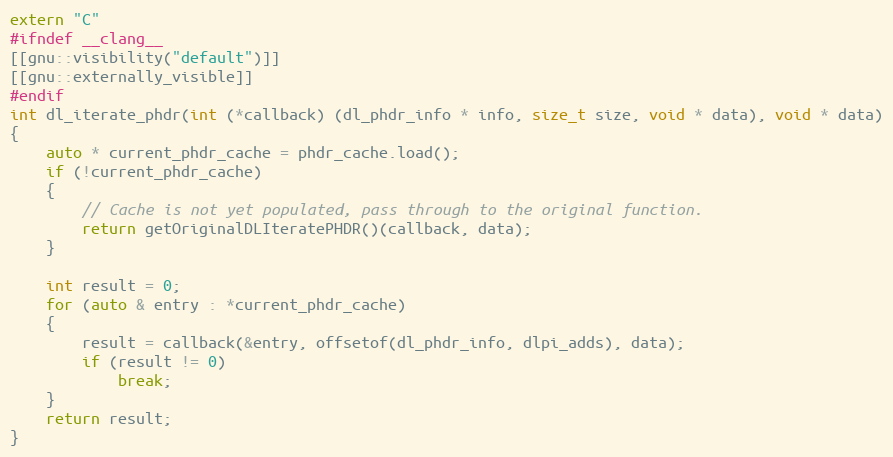
Language: C++
extern "C"
#ifndef __clang__
[[gnu::visibility("default")]]
[[gnu::externally_visible]]
#endif
int dl_iterate_phdr(int (*callback) (dl_phdr_info * info, size_t size, void * data), void * data)
{
    auto * current_phdr_cache = phdr_cache.load();
    if (!current_phdr_cache)
    {
        // Cache is not yet populated, pass through to the original function.
        return getOriginalDLIteratePHDR()(callback, data);
    }

    int result = 0;
    for (auto & entry : *current_phdr_cache)
    {
        result = callback(&entry, offsetof(dl_phdr_info, dlpi_adds), data);
        if (result != 0)
            break;
    }
    return result;
}